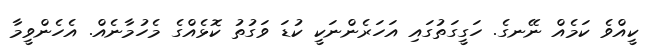
ކީއްވެ ކަމެއް ނޭނގެ. ހަގީގަތުގައި އަހަރެންނަކީ ކުޑަ ވަގުތު ކޮޅެއްގެ މެހުމާނެއް. އެހެންވީމާ